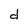
Character: d